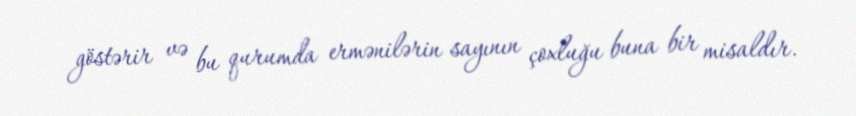
göstərir və bu qurumda ermənilərin sayının çoxluğu buna bir misaldır.